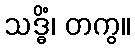
သဒ္ဓိံ၊ တကွ။